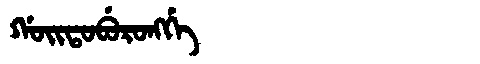
Manchu: ᡤᠣᡳᡨᠣᠪᡠᡵᠣᠩᡤᡝ
Romanization: GOITOBURONGGE